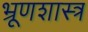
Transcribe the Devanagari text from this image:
भ्रूणशास्त्र